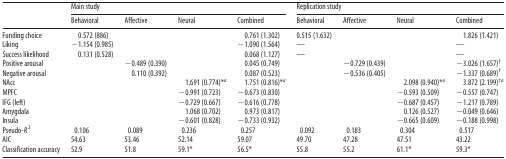
| <ROWSPAN=2>  | <COLSPAN=4> Main study | <COLSPAN=4> Replication study |
 | Behavioral | Affective | Neural | Combined | Behavioral | Affective | Neural | Combined |
 | --- | --- | --- | --- | --- | --- | --- | --- | --- |
 | Funding choice | 0.572 (886) |  |  | 0.761 (1.302) | 0.515 (1.632) |  |  | 1.826 (1.421) |
 | Liking | −1.154 (0.985) |  |  | −1.090 (1.564) | — |  |  | — |
 | Success likelihood | 0.131 (0.528) |  |  | 0.068 (1.127) | — |  |  | — |
 | Positive arousal |  | −0.489 (0.390) |  | 0.045 (0.749) |  | −0.729 (0.439) |  | −3.026 (1.657)† |
 | Negative arousal |  | 0.110 (0.392) |  | 0.087 (0.523) |  | −0.536 (0.405) |  | −1.337 (0.689)† |
 | NAcc |  |  | 1.691 (0.774)*a | 1.751 (0.816)*a |  |  | 2.098 (0.940)*a | 3.872 (2.199)†a |
 | MPFC |  |  | −0.991 (0.723) | −0.673 (0.830) |  |  | −0.593 (0.509) | −0.557 (0.747) |
 | IFG (left) |  |  | −0.729 (0.667) | −0.616 (0.778) |  |  | −0.687 (0.457) | −1.217 (0.789) |
 | Amygdala |  |  | 1.068 (0.702) | 0.973 (0.817) |  |  | 0.126 (0.527) | −0.049 (0.646) |
 | Insula |  |  | −0.601 (0.828) | −0.733 (0.932) |  |  | −0.665 (0.609) | −0.188 (0.998) |
 | Pseudo-R2 | 0.106 | 0.089 | 0.236 | 0.257 | 0.092 | 0.183 | 0.304 | 0.517 |
 | AIC | 54.63 | 53.46 | 52.14 | 59.07 | 49.70 | 47.28 | 47.51 | 43.22 |
 | Classification accuracy | 52.9 | 51.8 | 59.1* | 56.5* | 55.8 | 55.2 | 61.1* | 59.3* |